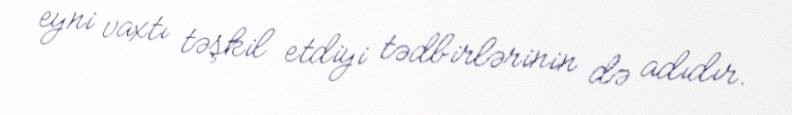
eyni vaxtı təşkil etdiyi tədbirlərinin də adıdır.